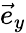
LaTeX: \vec{e}_{y}